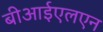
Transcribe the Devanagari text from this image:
बीआईएलएन